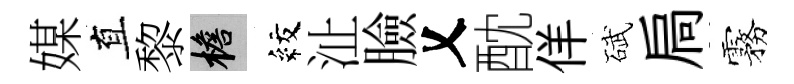
媒直黎檐紋沚臉乂酖佯碔扃霧